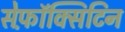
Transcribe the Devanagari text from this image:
सेफ़ॉक्सिटिन